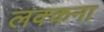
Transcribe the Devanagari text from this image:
लक्कना